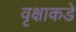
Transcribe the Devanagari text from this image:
वृक्षाकडे